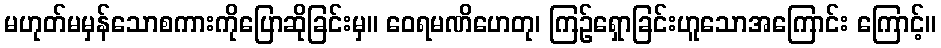
မဟုတ်မမှန်သောစကားကိုပြောဆိုခြင်းမှ။ ဝေရမဏိဟေတု၊ ကြဉ်ရှောခြင်းဟူသောအကြောင်း ကြောင့်။